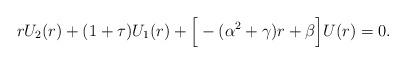
LaTeX: \begin{align*}rU_{2}(r)+(1+\tau){U_{1}(r)}+\Big[-(\alpha^{2}+\gamma)r+\beta\Big]U(r)=0.\end{align*}